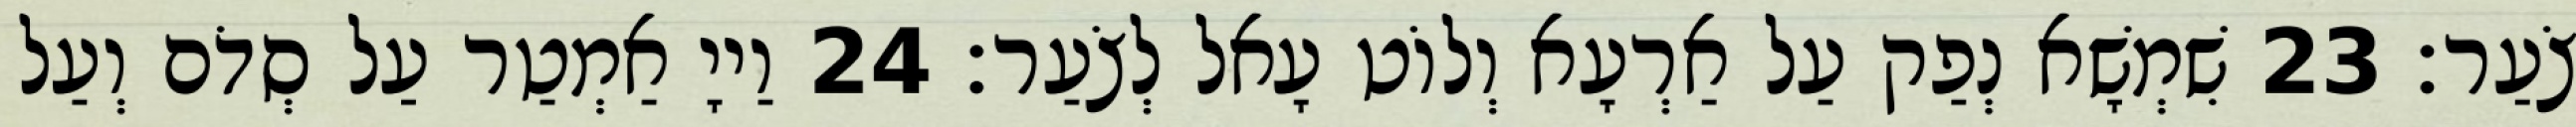
צֹעַר׃ 23 שִׁמְשָׁא נְפַק עַל אַרְעָא וְלוֹט עָאל לְצֹעַר׃ 24 וַייָ אַמְטַר עַל סְדֹם וְעַל